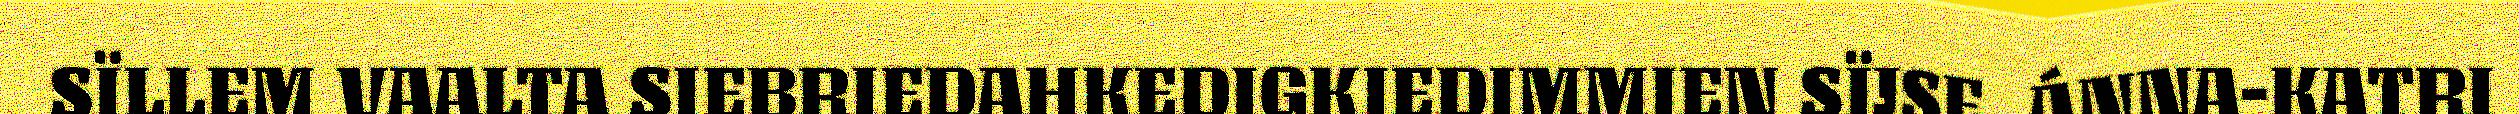
SÏLLEM VAALTA SIEBRIEDAHKEDIGKIEDIMMIEN SÏJSE. ÁNNA-KATRI